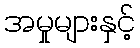
အမှုများနှင့်